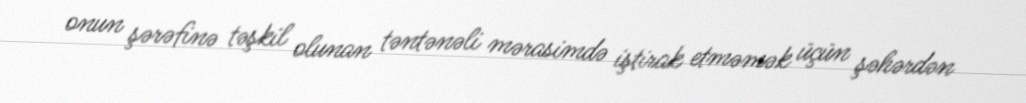
onun şərəfinə təşkil olunan təntənəli mərasimdə iştirak etməmək üçün şəhərdən